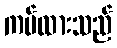
ကပ်ထားသည်